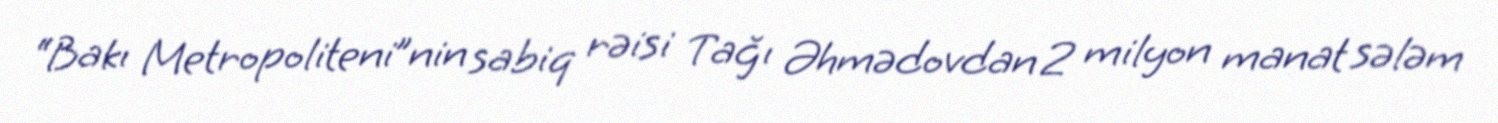
“Bakı Metropoliteni”nin sabiq rəisi Tağı Əhmədovdan 2 milyon manat sələm